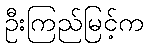
ဦးကြည်မြင့်က